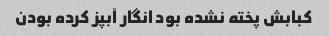
کبابش پخته نشده بود انگار آبپز کرده بودن